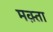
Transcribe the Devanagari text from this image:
मक़्ता